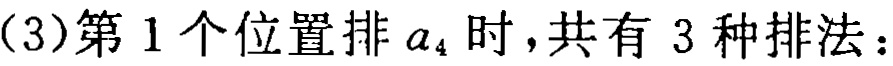
（3）第1个位置排 \(a_{4}\) 时，共有 3 种排法：